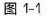
图1-1